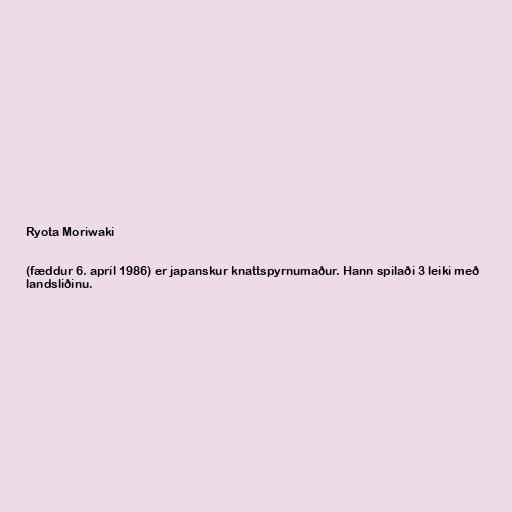
Ryota Moriwaki

(fæddur 6. apríl 1986) er japanskur knattspyrnumaður. Hann spilaði 3 leiki með
landsliðinu.